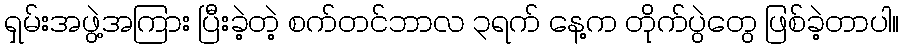
ရှမ်းအဖွဲ့အကြား ပြီးခဲ့တဲ့ စက်တင်ဘာလ ၃ရက် နေ့က တိုက်ပွဲတွေ ဖြစ်ခဲ့တာပါ။